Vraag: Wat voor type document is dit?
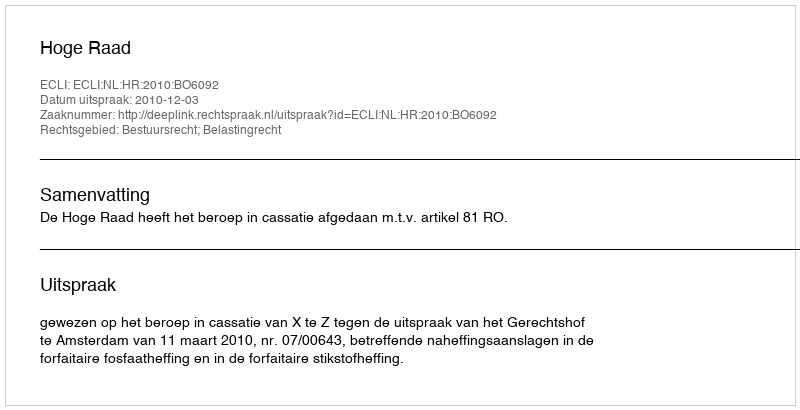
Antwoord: Uitspraak